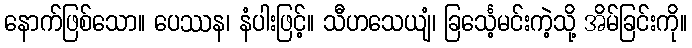
နောက်ဖြစ်သော။ ပေဿန၊ နံပါးဖြင့်။ သီဟသေယျံ၊ ခြင်္သေ့မင်းကဲ့သို့ အိမ်ခြင်းကို။